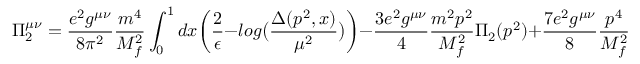
\Pi _ { 2 } ^ { \mu \nu } = \frac { e ^ { 2 } g ^ { \mu \nu } } { 8 \pi ^ { 2 } } \frac { m ^ { 4 } } { M _ { f } ^ { 2 } } \int _ { 0 } ^ { 1 } d x \biggl ( \frac { 2 } { \epsilon } - l o g \bigl ( \frac { \Delta ( p ^ { 2 } , x ) } { \mu ^ { 2 } } \bigr ) \biggr ) - \frac { 3 e ^ { 2 } g ^ { \mu \nu } } { 4 } \frac { m ^ { 2 } p ^ { 2 } } { M _ { f } ^ { 2 } } \Pi _ { 2 } ( p ^ { 2 } ) + \frac { 7 e ^ { 2 } g ^ { \mu \nu } } { 8 } \frac { p ^ { 4 } } { M _ { f } ^ { 2 } } \int _ { 0 } ^ { 1 } d x \biggl ( \frac { 2 } { \epsilon } - l o g \bigl ( \frac { \Delta ( p ^ { 2 } , x ) } { \mu ^ { 2 } } \bigr ) \biggr ) x ^ { 2 } ( 1 - x ) ^ { 2 }